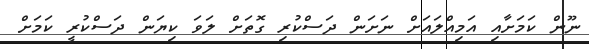
ނޫން ކަމަށާއި އަމިއްލައަށް ނަށަން ދަސްކުރި ގޮތަށް ލަވަ ކިޔަން ދަސްކުރީ ކަމަށް